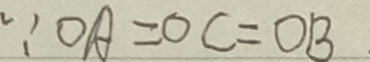
\because O A = O C = O B